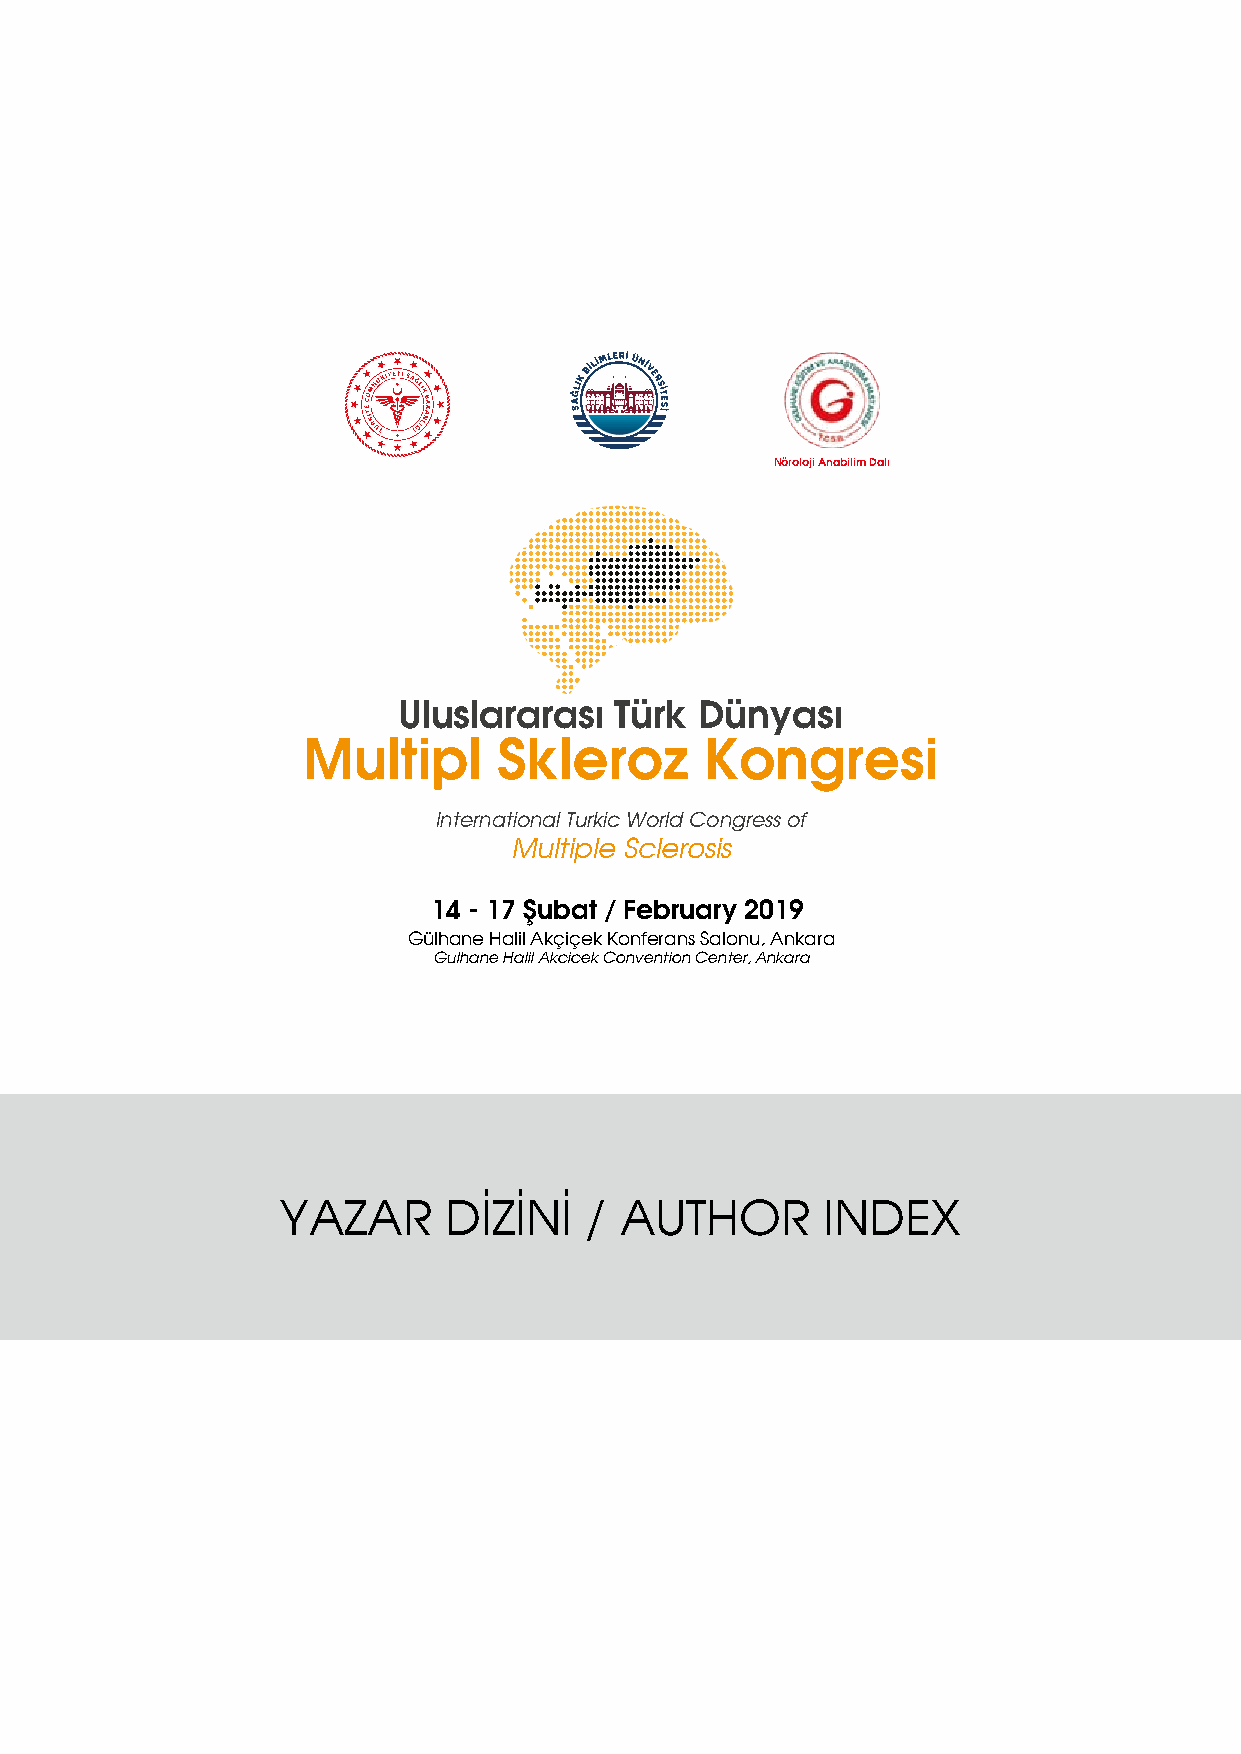
Nöroloji Anabilim Dalı
 Uluslararası   Türk Dünyası
 Multipl      Skleroz       Kongresi
 International Turkic World Congress of
 Multiple Sclerosis
 14 - 17 Şubat / February 2019
 Gülhane Halil Akçiçek Konferans Salonu, Ankara
 Gulhane Halil Akcicek Convention Center, Ankara
 YAZAR     DİZİNİ    / AUTHOR       INDEX